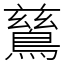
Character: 鶿